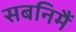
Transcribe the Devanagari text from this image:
सबनिमैं